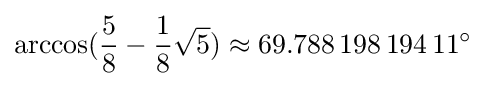
\arccos({\frac {5}{8}}-{\frac {1}{8}}{\sqrt {5}})\approx 69.788\,198\,194\,11^{\circ }